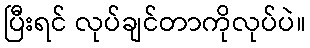
ပြီးရင် လုပ်ချင်တာကိုလုပ်ပဲ။